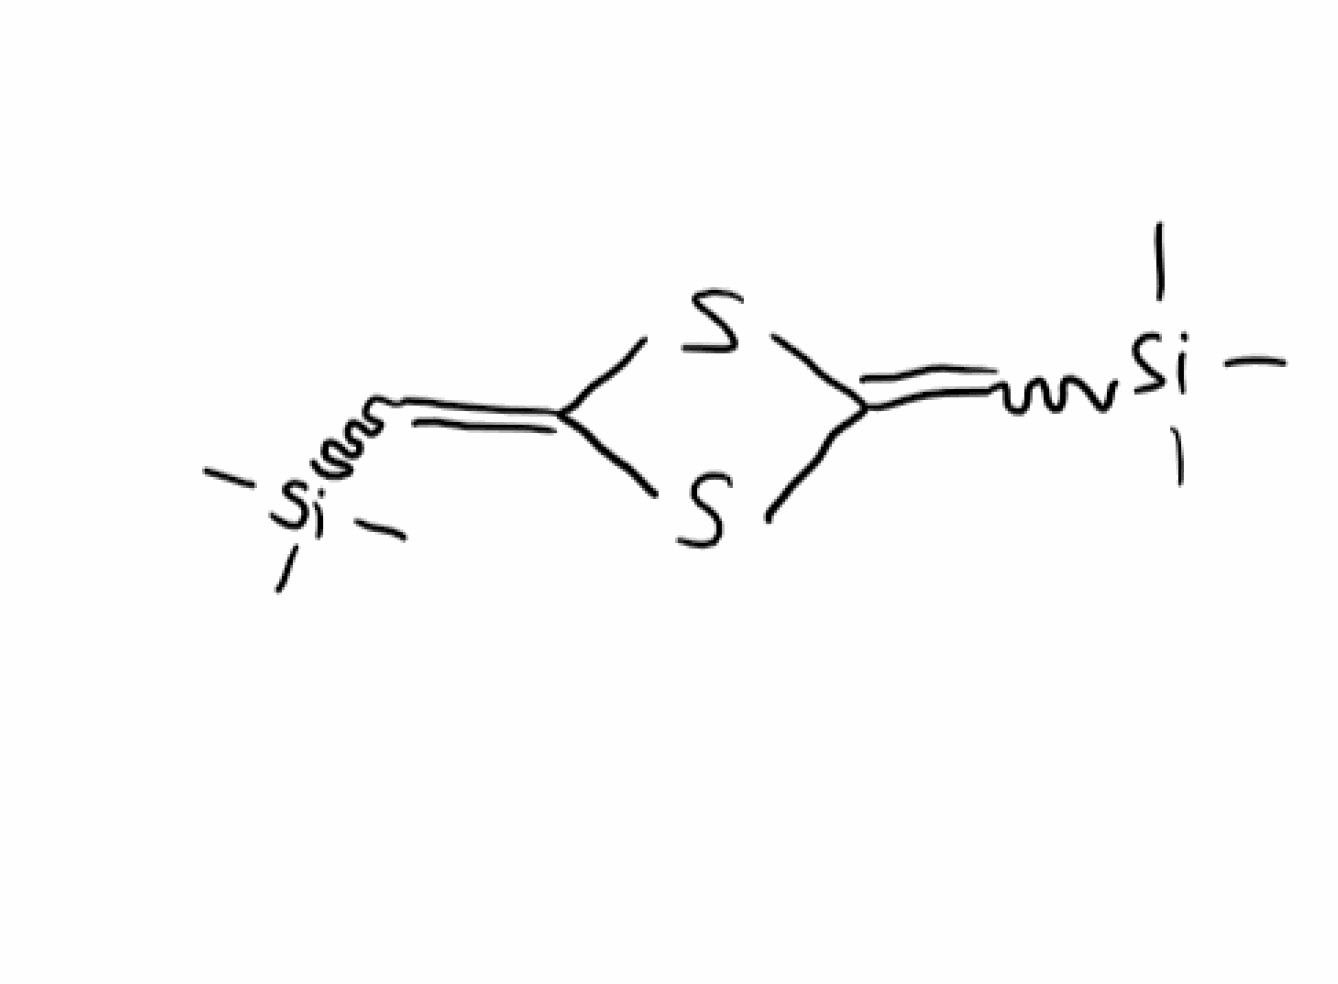
Simplified molecular-input line-entry system (SMILES) notation of the given molecule:
C[Si](C)(C)C=C1SC(=C[Si](C)(C)C)S1